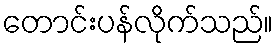
တောင်းပန်လိုက်သည်။